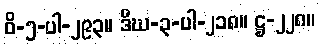
ဝိ-၅-ပါ-၂၉၃။ ဒီဃ-၃-ပါ-၂၁၈။ ဋ္ဌ-၂၂၈။